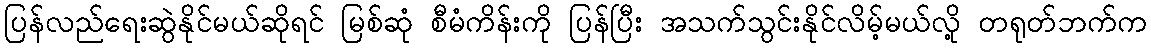
ပြန်လည်ရေးဆွဲနိုင်မယ်ဆိုရင် မြစ်ဆုံ စီမံကိန်းကို ပြန်ပြီး အသက်သွင်းနိုင်လိမ့်မယ်လို့ တရုတ်ဘက်က